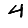
Digit: 4